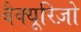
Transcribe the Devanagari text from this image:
बैक्यूरिज़ो